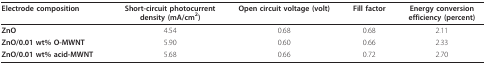
| Electrode composition | Short-circuit photocurrent density (mA/cm2) | Open circuit voltage (volt) | Fill factor | Energy conversion efficiency (percent) |
 | --- | --- | --- | --- | --- |
 | ZnO | 4.54 | 0.68 | 0.68 | 2.11 |
 | ZnO/0.01 wt% O-MWNT | 5.90 | 0.60 | 0.66 | 2.33 |
 | ZnO/0.01 wt% acid-MWNT | 5.68 | 0.66 | 0.72 | 2.70 |